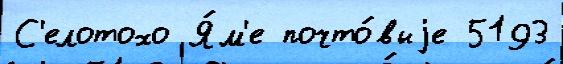
С'елотохо Я́м'е почто́выjе 5193